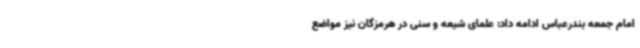
امام جمعه بندرعباس ادامه داد: علمای شیعه و سنی در هرمزگان نیز مواضع